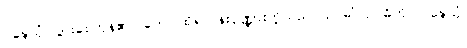
ဝဍ္ဎေသုံ၊ ပွားစေကုန်၏။ တေ၊ ထိုရဟန်းပုဏ္ဏားတို့သည်။ ဥပဓိံ၊ ဥပဓိကို။ ဝဍ္ဎေသုံ၊